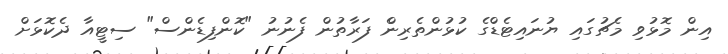
އިން މޮޅުވި މެޗުގައި ޔުނައިޓެޑްގެ ކުޅުންތެރިންެ ފަރާތުން ފެނުނު "ކޮންފިޑެންސް" ސިޓީއާ ދެކޮޅަށް